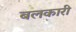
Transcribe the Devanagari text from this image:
बलकारी